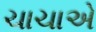
ચાચાએ